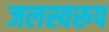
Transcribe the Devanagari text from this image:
जलस्वरूप